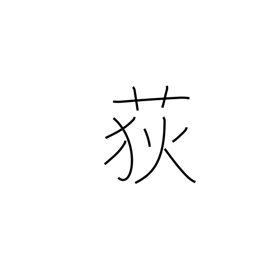
Meaning: rush